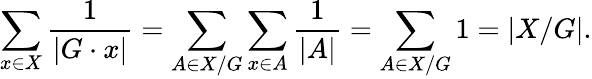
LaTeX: \sum_{x\in X}{\frac{1}{|G\cdot x|}}=\sum_{A\in X/G}\sum_{x\in A}{\frac{1}{|A|}}=\sum_{A\in X/G}1=|X/G|.